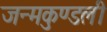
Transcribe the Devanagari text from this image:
जन्‍मकुण्‍डली